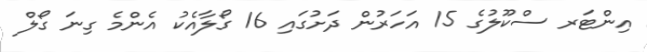
އިންޓަރ ސްކޫލުގެ 15 އަހަރުން ދަށުގައި 16 ގޯލާއެކު އެންމެ ގިނަ ގޯލް